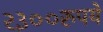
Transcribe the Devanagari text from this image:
२३००रुपये